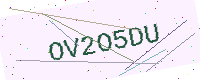
Text: OV2O5DU